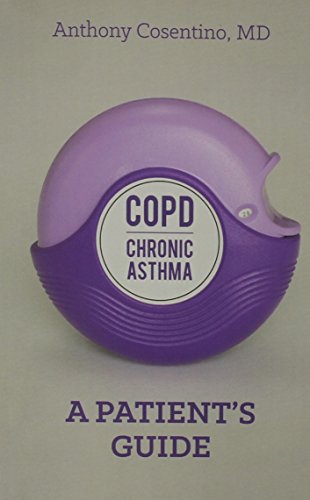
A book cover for COPD/Chronic Asthma: A Patient's Guide; Anthony Cosentino; Health, Fitness & Dieting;